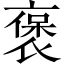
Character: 褒